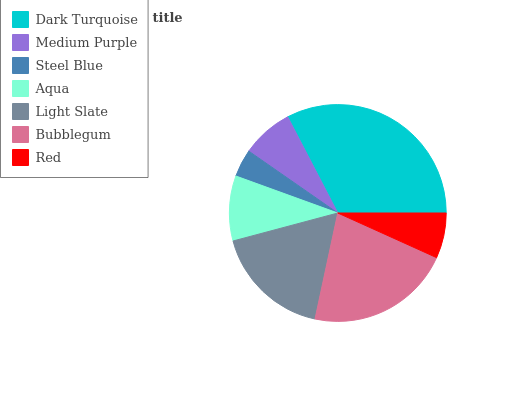
| Dark Turquoise | Medium Purple | Steel Blue | Aqua | Light Slate | Bubblegum | Red |
 | --- | --- | --- | --- | --- | --- | --- |
 | 32.6% | 7.68% | 4.12% | 9.69% | 17.5% | 21.6% | 6.75% |